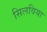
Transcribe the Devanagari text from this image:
सिलविया